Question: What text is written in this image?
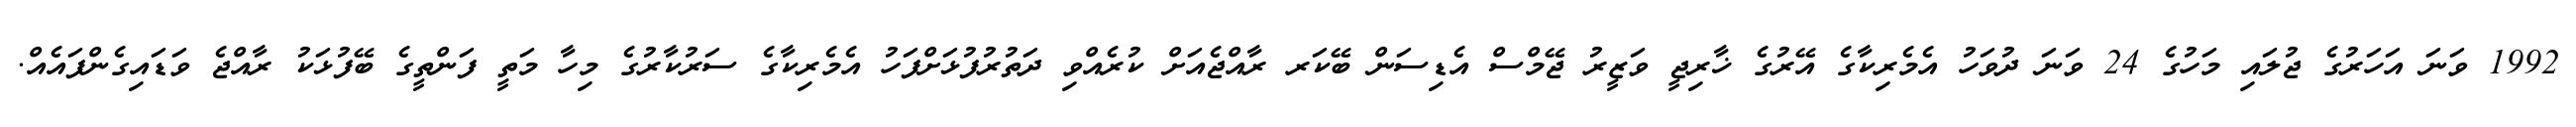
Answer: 1992 ވަނަ އަހަރުގެ ޖުލައި މަހުގެ 24 ވަނަ ދުވަހު އެމެރިކާގެ އޭރުގެ ޚާރިޖީ ވަޒީރު ޖޭމްސް އެޑިސަން ބޭކަރ ރާއްޖެއަށް ކުރެއްވި ދަތުރުފުޅަށްފަހު އެމެރިކާގެ ސަރުކާރުގެ މިހާ މަތީ ފަންތީގެ ބޭފުޅަކު ރާއްޖެ ވަޑައިގެންފައެއް.